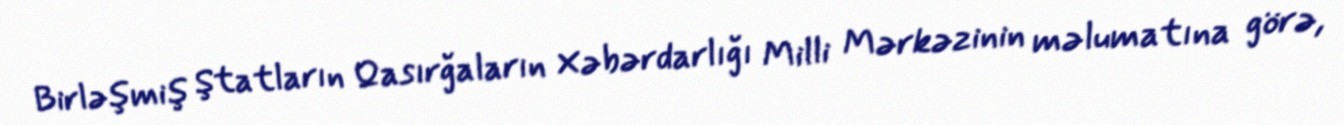
Birləşmiş Ştatların Qasırğaların Xəbərdarlığı Milli Mərkəzinin məlumatına görə,